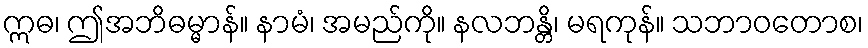
ဣဓ၊ ဤအဘိဓမ္မာန်။ နာမံ၊ အမည်ကို။ နလဘန္တိ၊ မရကုန်။ သဘာဝတောစ၊